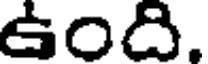
ఉంది.